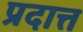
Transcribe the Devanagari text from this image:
प्रदात्त